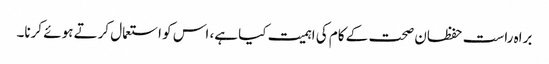
براہ راست حفظان صحت کے کام کی اہمیت کیا ہے، اس کو استعمال کرتے ہوئے کرنا۔